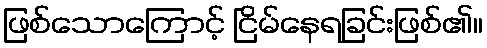
ဖြစ်သောကြောင့် ငြိမ်နေရခြင်းဖြစ်၏။